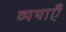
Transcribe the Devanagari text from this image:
व्यथाएँ